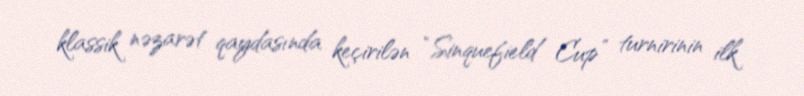
klassik nəzarət qaydasında keçirilən “Sinquefield Cup” turnirinin ilk